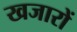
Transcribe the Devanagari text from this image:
खजारों